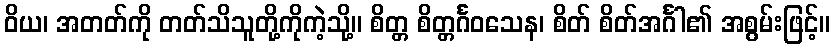
ဝိယ၊ အတတ်ကို တတ်သိသူတို့ကိုကဲ့သို့။ စိတ္တ စိတ္တင်္ဂဝသေန၊ စိတ် စိတ်အင်္ဂါ၏ အစွမ်းဖြင့်။